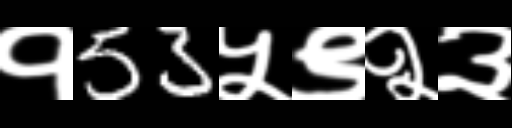
Text: १53५९२३